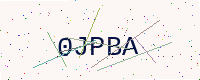
Text: 0JPBA